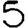
Digit: 5